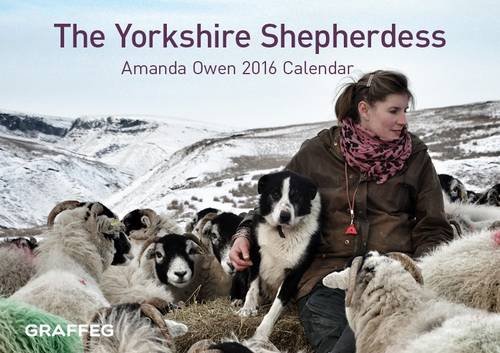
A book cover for Yorkshire Shepherdess 2016 Calendar; Amanda Owen; Arts & Photography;